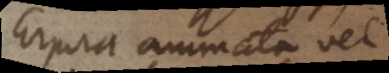
corpora animata vel